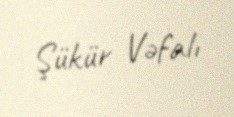
Şükür Vəfalı